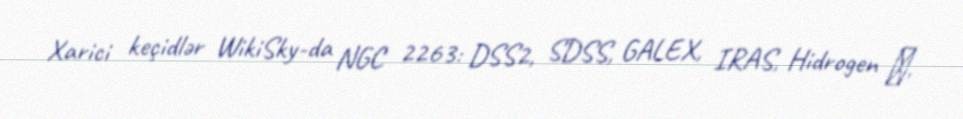
Xarici keçidlər WikiSky-da NGC 2263: DSS2, SDSS, GALEX, IRAS, Hidrogen α,